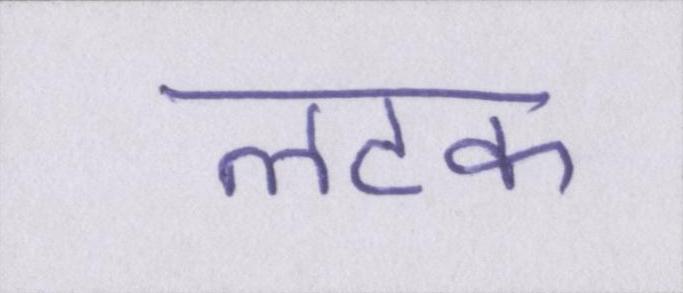
लटक